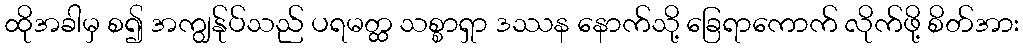
ထိုအခါမှ စ၍ အကျွန်ုပ်သည် ပရမတ္ထ သစ္စာရှာ ဒဿန နောက်သို့ ခြေရာကောက် လိုက်ဖို့ စိတ်အား